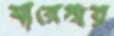
বারেশ্বর